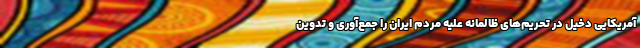
آمریکایی دخیل در تحریم‌های ظالمانه علیه مردم ایران را جمع‌آوری و تدوین